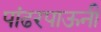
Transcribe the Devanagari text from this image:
पांढरपाऊनी